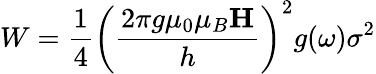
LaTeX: W=\frac{1}{4}\left(\frac{2\pi g\mu_{0}\mu_{B}\mathbf{H}}{h}\right)^{2}g(\omega)\sigma^{2}